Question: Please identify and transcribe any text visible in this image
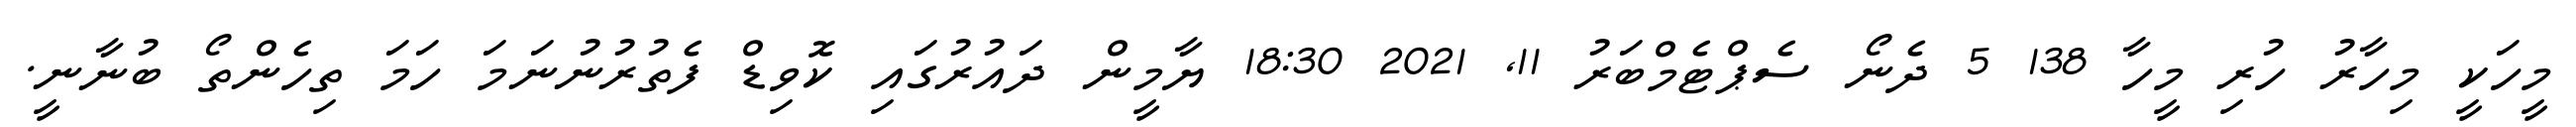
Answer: މީހަކީ މިހާރު ހުރި މީހާ 138 5 ދެނޯ ސެޕްޓެމްބަރު 11, 2021 18:30 ޔާމީން ދައުރުގައި ކޮވިޑް ފެތުރުނުނަމަ ހަމަ ތިހެންތޯ ބުނާނީ.